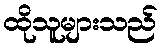
ထိုသူများသည်